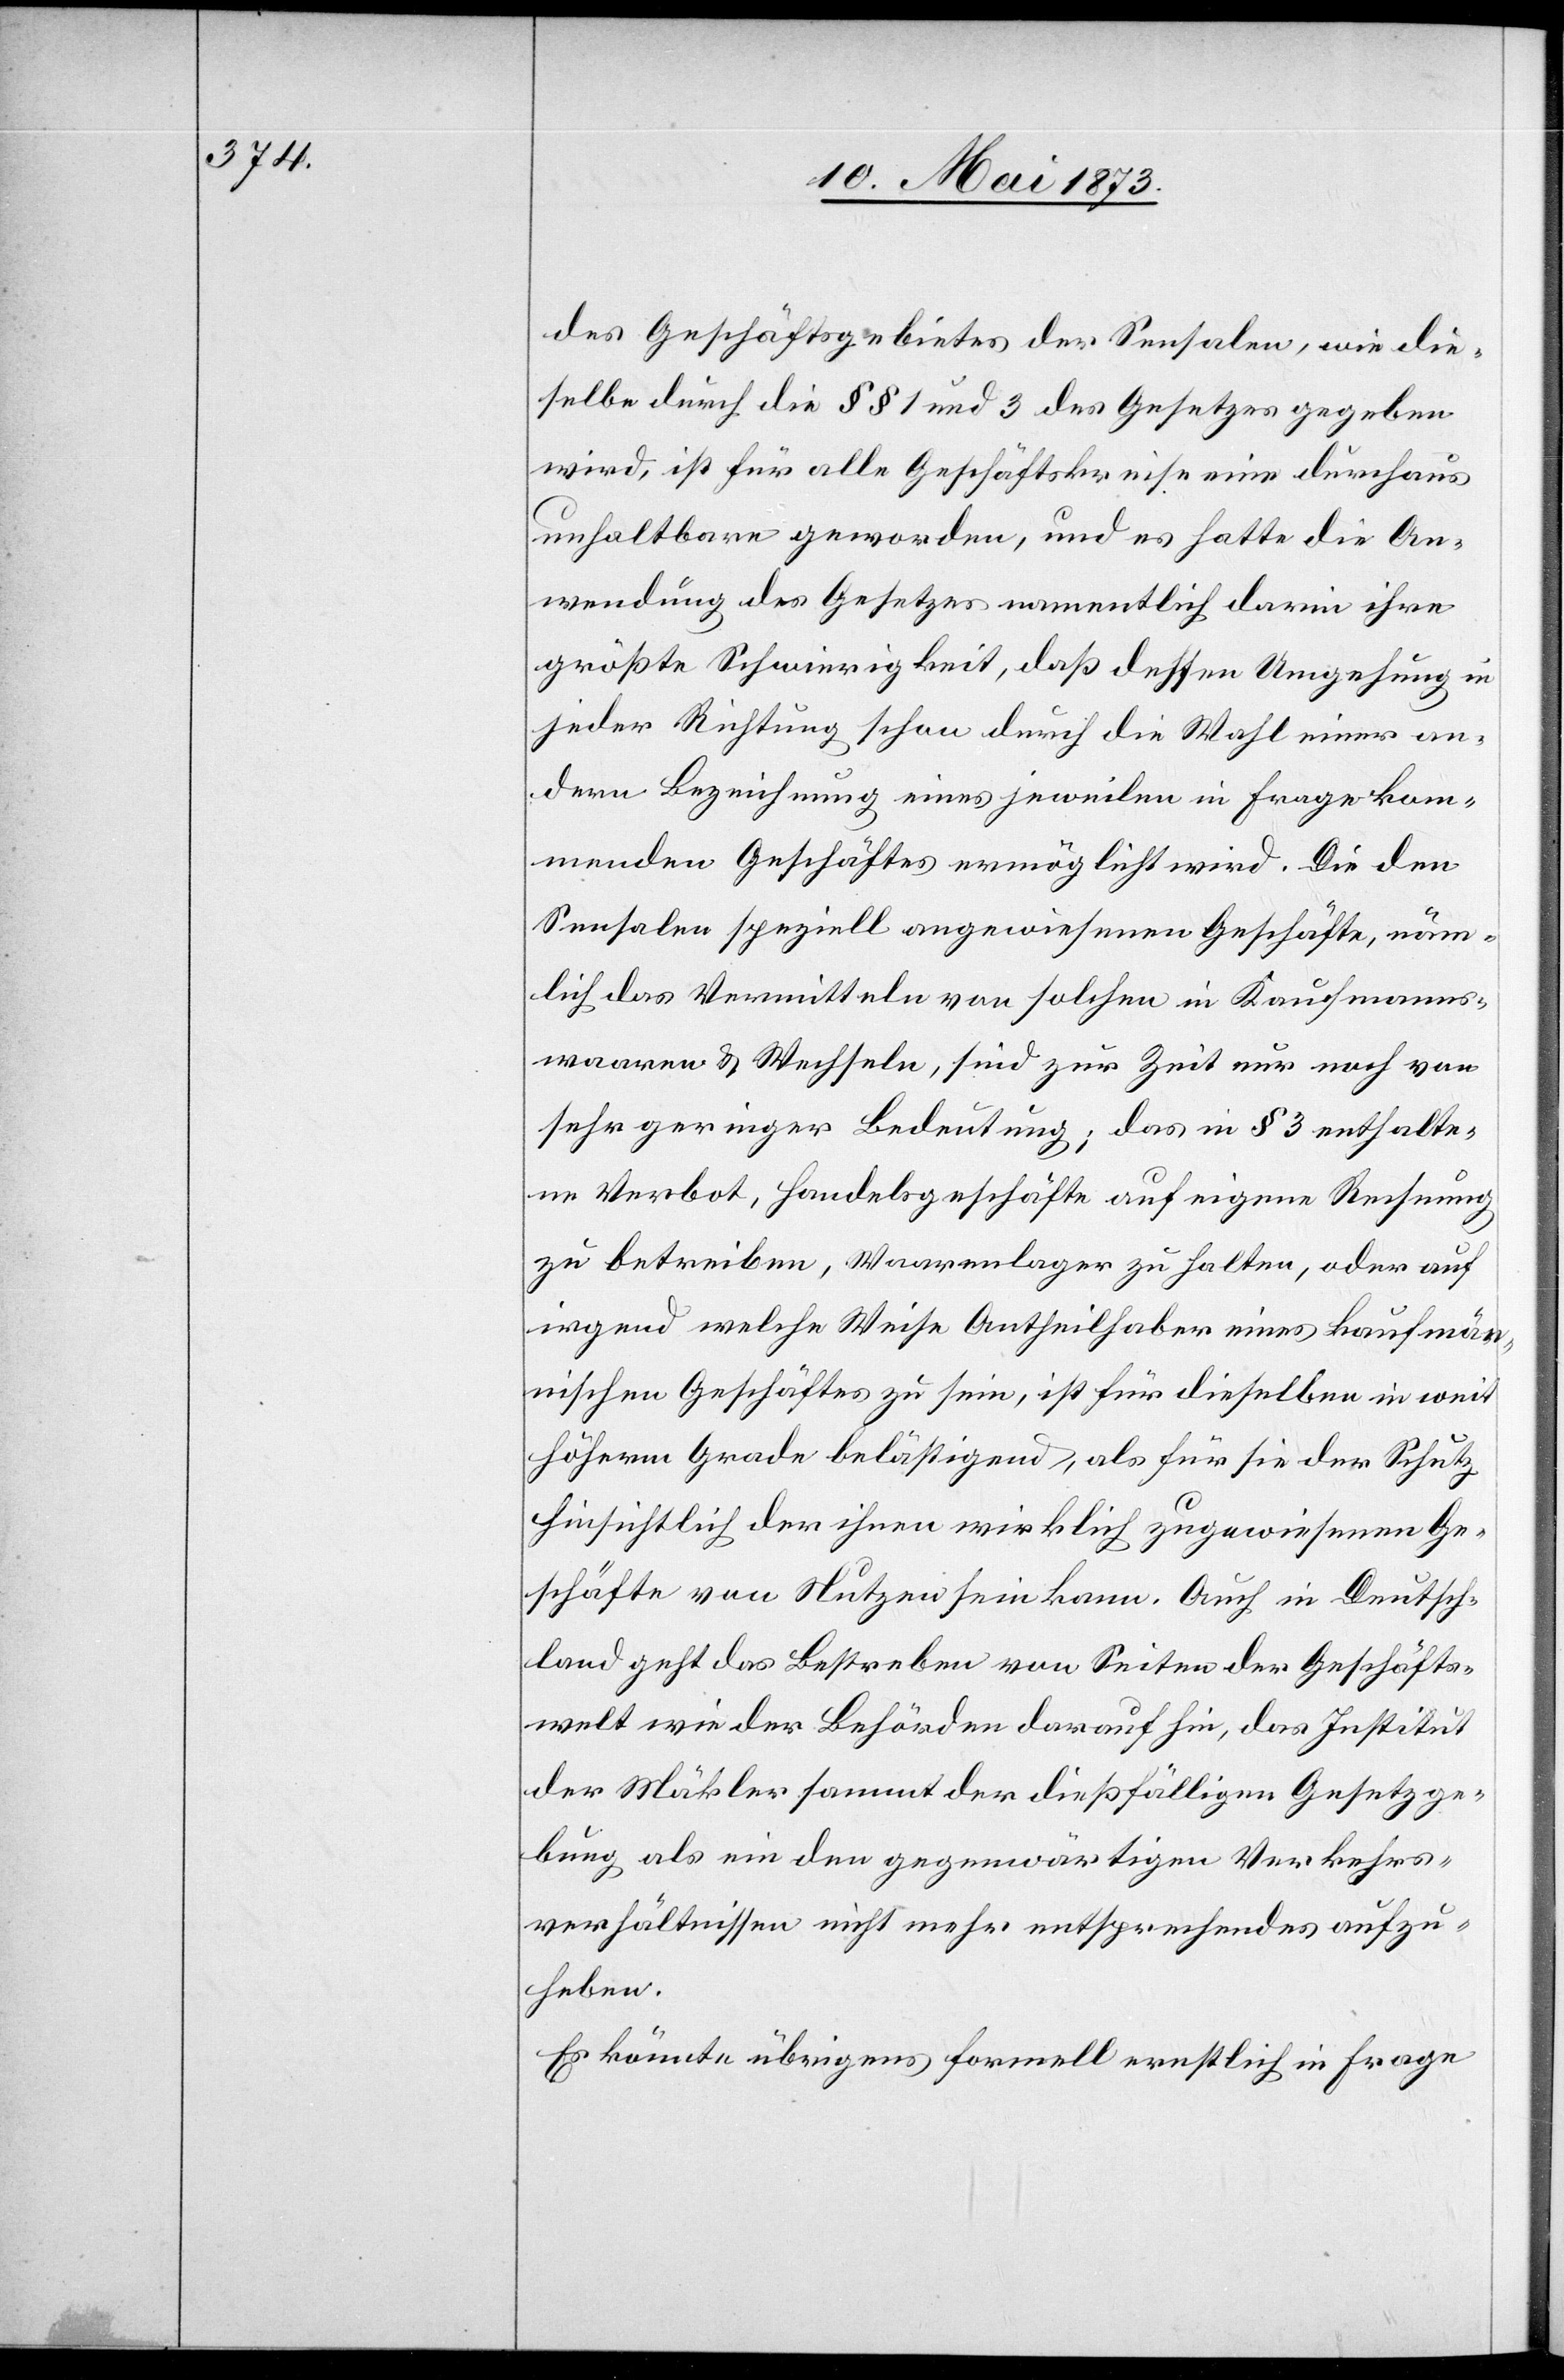
des Geschäftsgebietes der Sensalen, wie die¬
selben durch die § § 1 und 3 des Gesetzes gegeben
wird, ist für alle Geschäftskreise eine durchaus
unhaltbare geworden, und es hatte die An¬
wendung des Gesetzes namentlich darin ihre
größte Schwierigkeit, daß dessen Umgehung in
jeder Richtung schon durch die Wahl einer an¬
dern Bezeichnung eines jeweilen in Frage kom¬
menden Geschäftes ermöglicht wird. Die den
Sensalen speziell angewiesenen Geschäfte, näm¬
lich das Vermitteln von solchen in Kaufmanns¬
waaren & Wechseln, sind zur Zeit nur noch von
sehr geringer Bedeutung; das in § 3 enthalte¬
ne Verbot, Handelsgeschäfte auf eigene Rechnung
zu betreiben, Waarenlager zu halten, oder auf
irgend welche Weise Antheilhaber eines Kaufmän¬
nischen Geschäftes zu sein, ist für dieselben in weit
höherm Grade belästigend, als für sie der Schutz
hinsichtlich der ihnen wirklich zugewiesenen Ge¬
schäfte von Nutzen sein kann. Auch in Deutsch¬
land geht das Bestreben von Seiten der Geschäfts¬
welt wie der Behörden darauf hin, das Institut
der Mäkler sammt der dießfälligen Gesetzge¬
bung als ein den gegenwärtigen Verkehrs¬
verhältnissen nicht mehr entsprechendes aufzu¬
heben.
Es könnte übrigens formell ernstlich in Frage